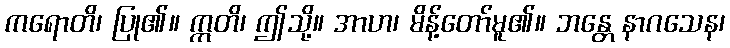
ကရောတိ၊ ပြု၏။ ဣတိ၊ ဤသို့။ အာဟ၊ မိန့်တော်မူ၏။ ဘန္တေ နာဂသေန၊